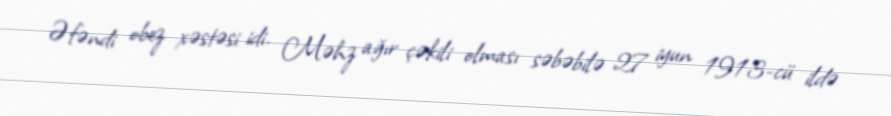
Əfəndi obez xəstəsi idi. Məhz ağır çəkili olması səbəbilə 27 iyun 1913-cü ildə